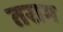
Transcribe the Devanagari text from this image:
तराम